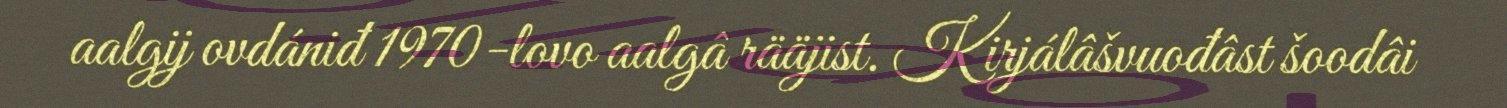
aalgij ovdániđ 1970-lovo aalgâ rääjist. Kirjálâšvuođâst šoodâi